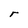
Character: r